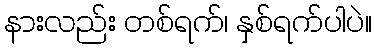
နားလည်း တစ်ရက်၊ နှစ်ရက်ပါပဲ။